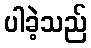
ပါခဲ့သည်